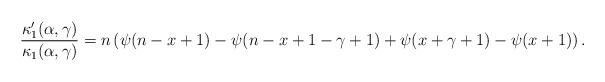
LaTeX: \begin{align*} \frac{\kappa_1^{\prime}(\alpha,\gamma)}{\kappa_1(\alpha,\gamma)} = n \left( \psi(n-x+1) - \psi(n-x+1-\gamma+1) + \psi(x+\gamma + 1) - \psi(x+1) \right). \end{align*}